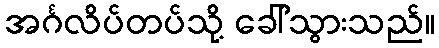
အင်္ဂလိပ်တပ်သို့ ခေါ်သွားသည်။